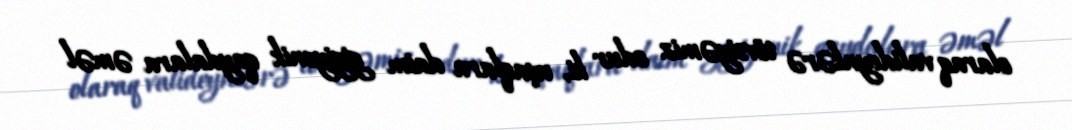
olaraq valideynlərə tövsiyəmiz odur ki, uşaqlara daim gigiyenik qaydalara əməl